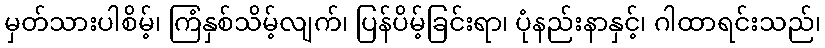
မှတ်သားပါစိမ့်၊ ကြံနှစ်သိမ့်လျက်၊ ပြန်ပိမ့်ခြင်းရာ၊ ပုံနည်းနာနှင့်၊ ဂါထာရင်းသည်၊